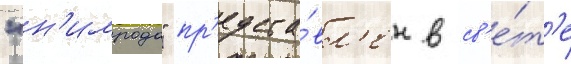
"н'имрода" пр'едста́вл'ен в св'е́т'е